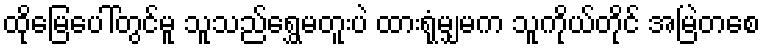
ထိုမြေပေါ်တွင်မူ သူသည်ရွှေမတူးပဲ ထားရုံမျှမက သူကိုယ်တိုင် အမြဲတစေ